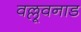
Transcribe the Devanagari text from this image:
वल्लूवनाड